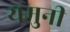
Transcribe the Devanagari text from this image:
यमुनी